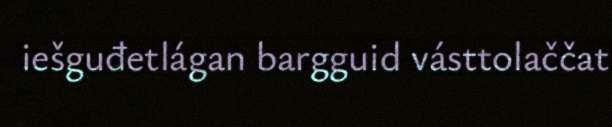
iešguđetlágan bargguid vásttolaččat